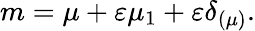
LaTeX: m=\mu+\varepsilon\mu_{1}+\varepsilon\delta_{\left(\mu\right)}.